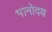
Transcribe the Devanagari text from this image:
भानोदय